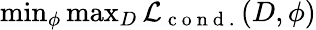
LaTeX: \begin{array}{r}{\operatorname*{min}_{\phi}\operatorname*{max}_{D}\mathcal{L}_{\mathrm{~c~o~n~d~.~}}(D,\phi)}\end{array}